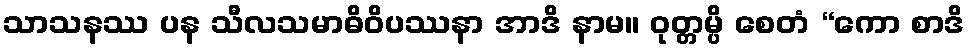
သာသနဿ ပန သီလသမာဓိဝိပဿနာ အာဒိ နာမ။ ဝုတ္တမ္ပိ စေတံ “ကော စာဒိ